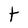
Character: t